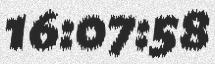
16:07:58